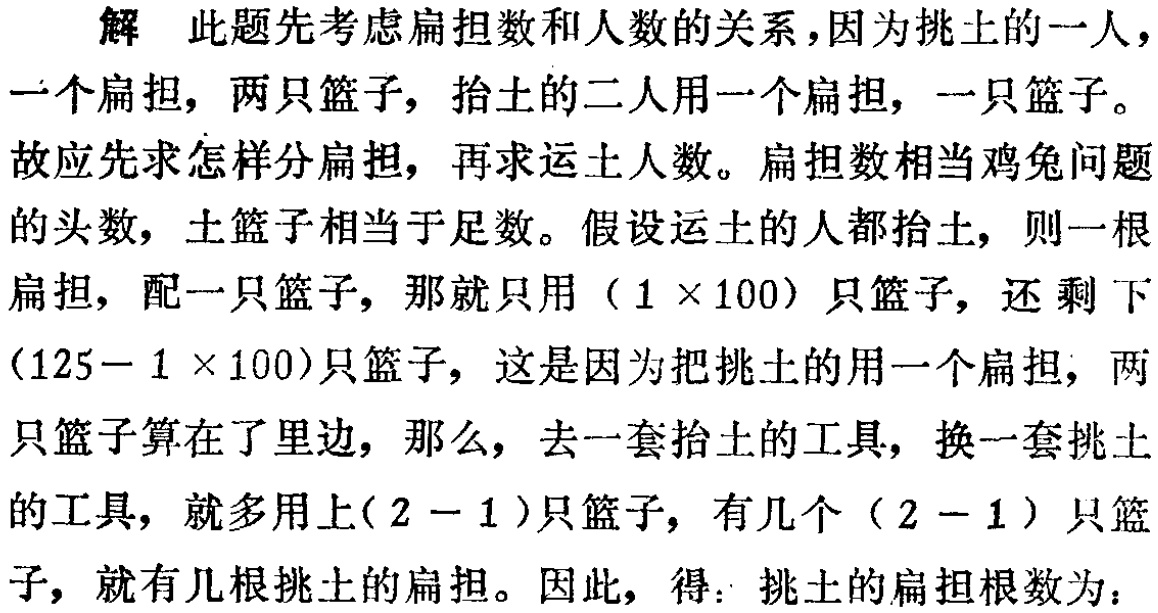
解 此题先考虑扁担数和人数的关系，因为挑土的一人，一个扁担，两只篮子，抬土的二人用一个扁担，一只篮子。故应先求怎样分扁担，再求运土人数。扁担数相当鸡兔问题的头数，土篮子相当于足数。假设运土的人都抬土，则一根扁担，配一只篮子，那就只用（$1\times100$）只篮子，还剩下（$125 - 1\times100$）只篮子，这是因为把挑土的用一个扁担，两只篮子算在了里边，那么，去一套抬土的工具，换一套挑土的工具，就多用上（$2 - 1$）只篮子，有几个（$2 - 1$）只篮子，就有几根挑土的扁担。因此，得：挑土的扁担根数为：